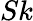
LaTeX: Sk